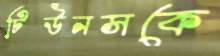
টিউনসকে